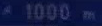
1000m